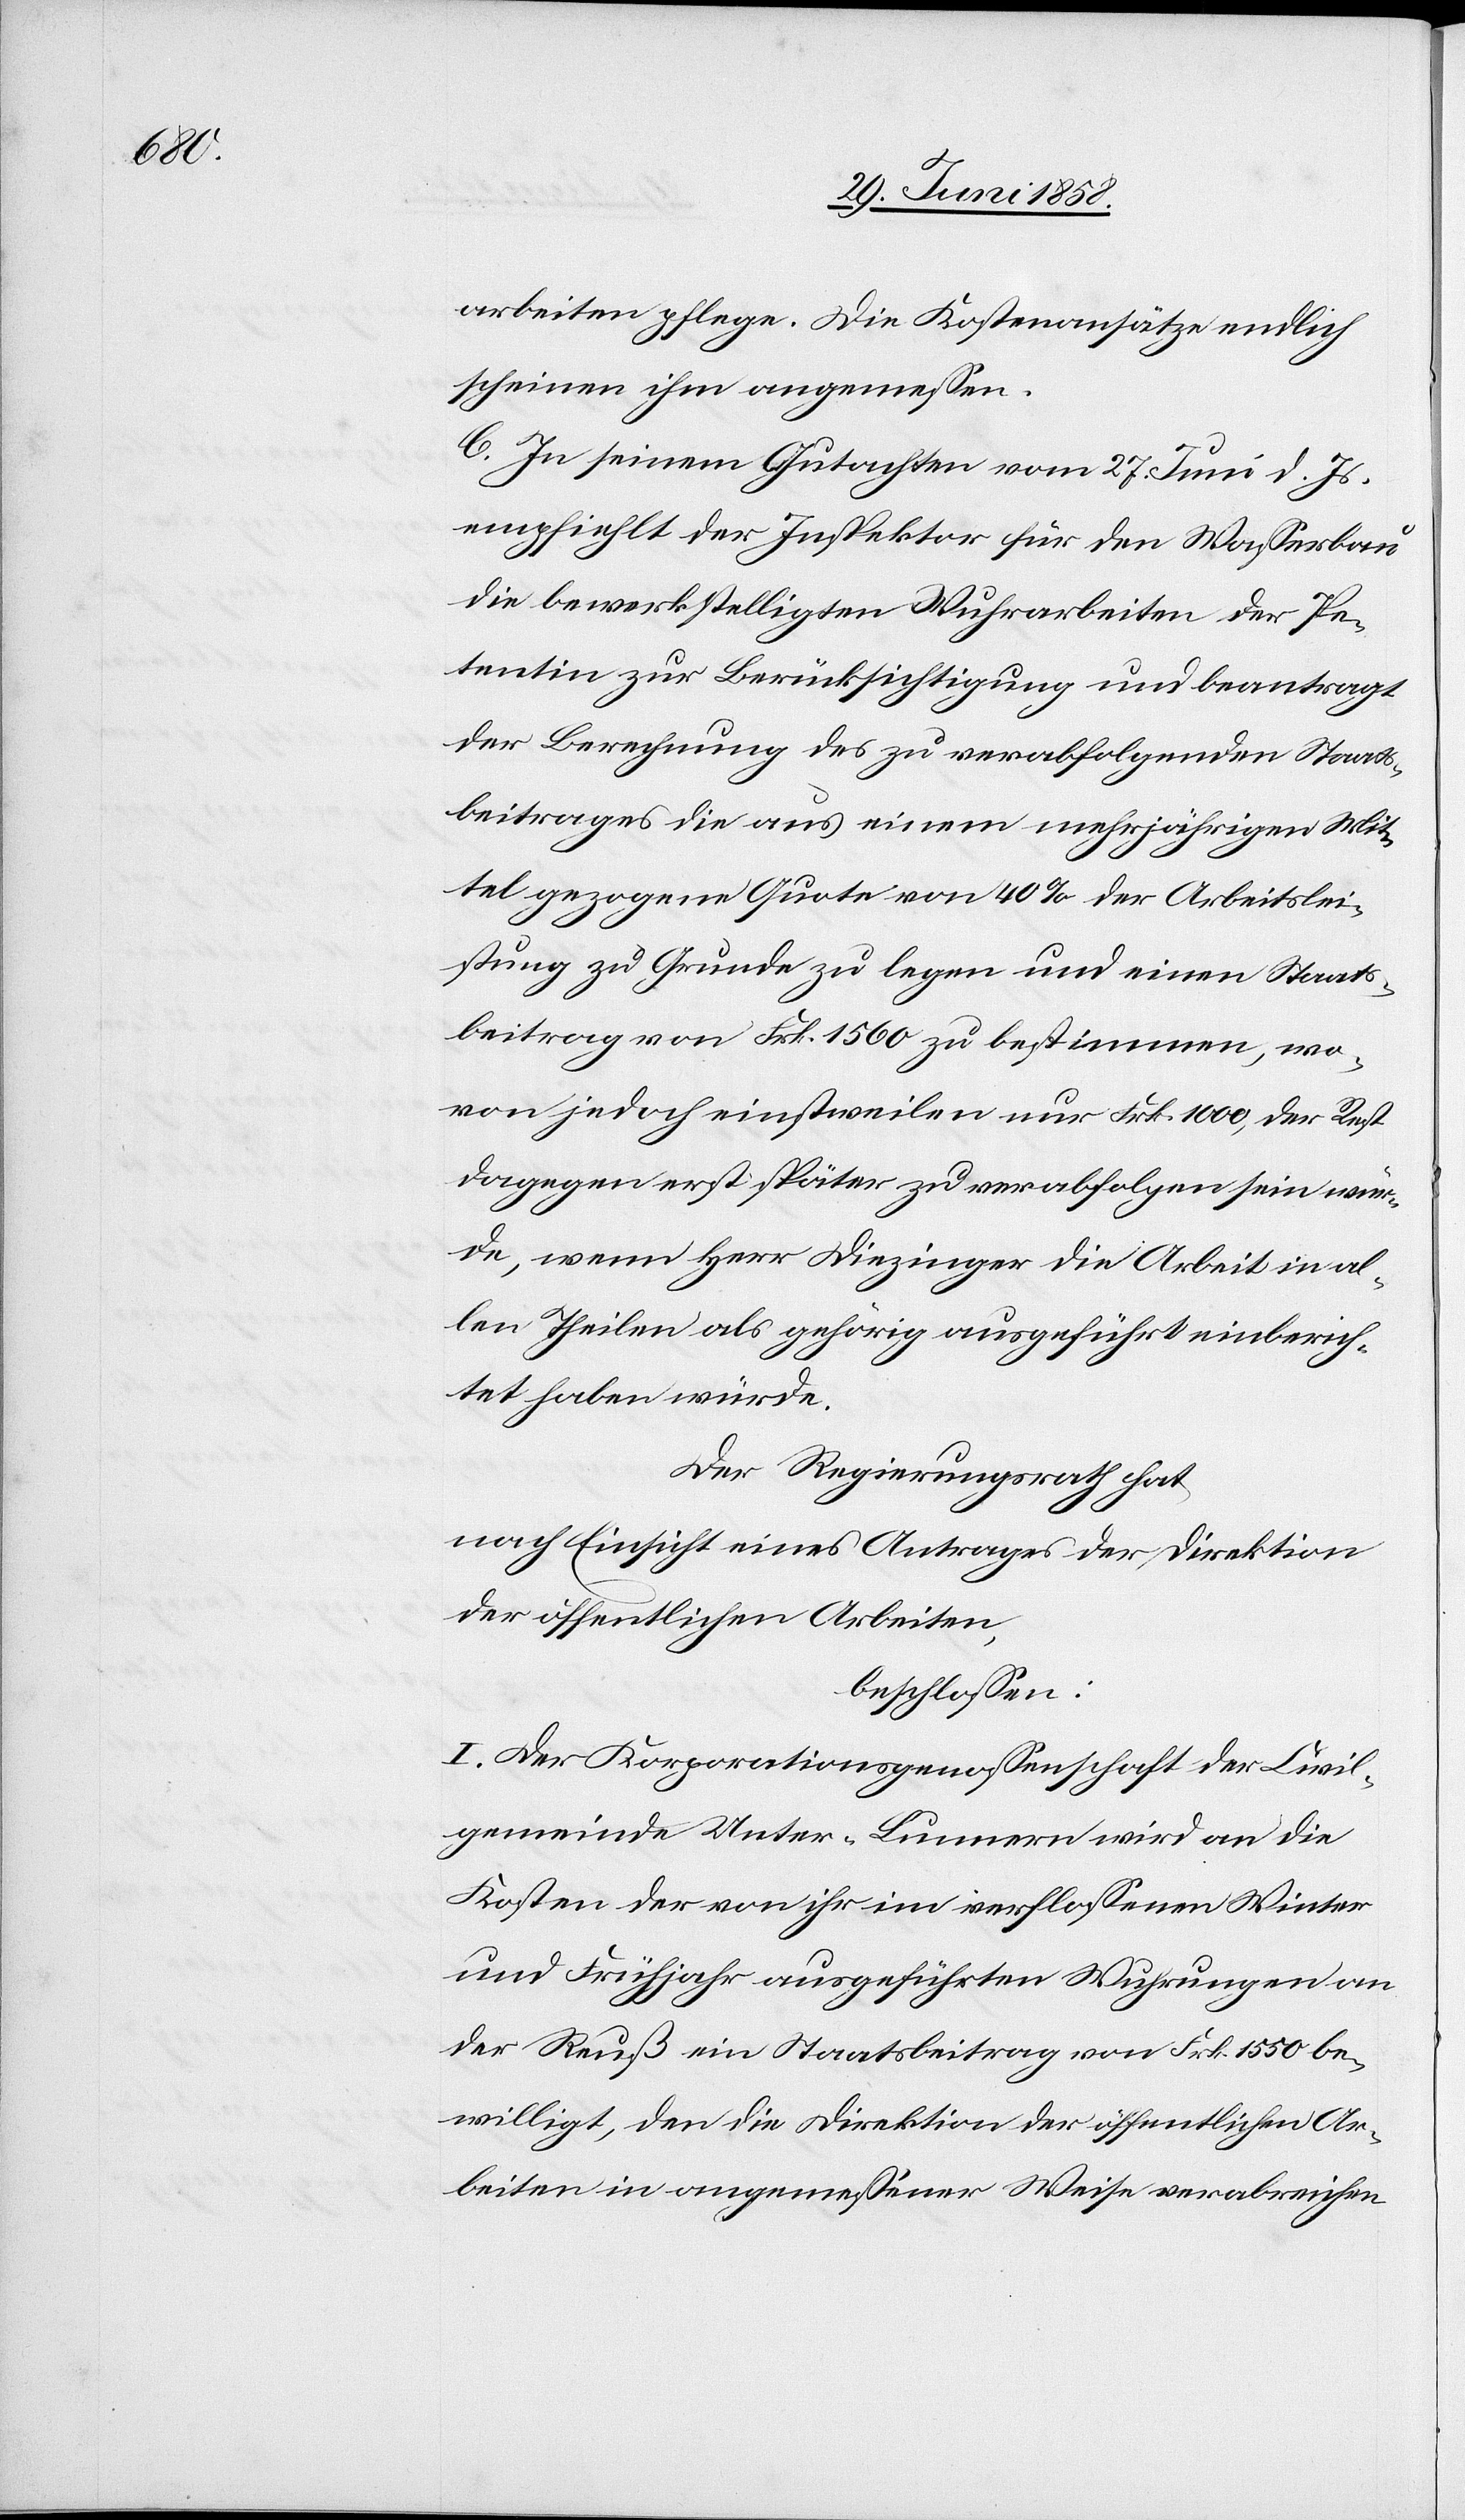
arbeiten pflege. Die Kostenansätze endlich
scheinen ihm angemessen.
C. In seinem Gutachten vom 27. Juni d. Js.
empfiehlt der Inspektor für den Wasserbau
die bewerkstelligten Wuhrarbeiten der Pe¬
tentin zur Berücksichtigung und beantragt
der Berechnung des zu verabfolgenden Staats¬
beitrages die aus einem mehrjährigen Mit¬
tel gezogene Quote von 40% der Arbeitslei¬
stung zu Grunde zu legen und einen Staats¬
beitrag von Frk. 1560 zu bestimmen, wo¬
von jedoch einstweilen nur Frk. 1000, der Rest
dagegen erst später zu verabfolgen sein wür¬
de, wenn Herr Diezinger die Arbeit in al¬
len Theilen als gehörig ausgeführt einberich¬
tet haben würde.
Der Regierungsrath hat,
nach Einsicht eines Antrages der Direktion
der öffentlichen Arbeiten,
beschlossen:
I. Der Korporationsgenossenschaft der Civil¬
gemeinde Unter-Lunnern wird an die
Kosten der von ihr im verflossenen Winter
und Frühjahr ausgeführten Wuhrungen an
der Reuß ein Staatsbeitrag von Frk. 1550 be¬
willigt, den die Direktion der öffentlichen Ar¬
beiten in angemessener Weise verabreichen